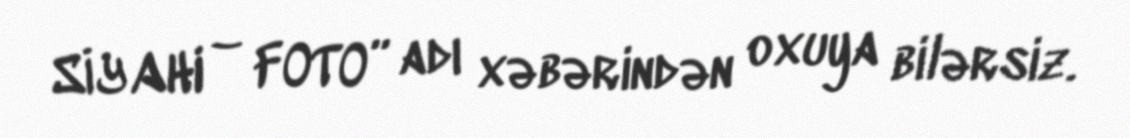
SİYAHI – FOTO” adı xəbərindən oxuya bilərsiz.